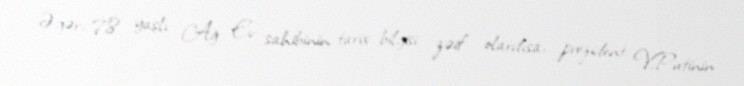
Əgər, 78 yaşlı Ağ Ev sahibinin tarix bilgisi zəif olardısa, prezident V.Putinin